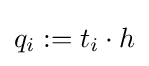
q_{i}:=t_{i}\cdot h